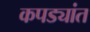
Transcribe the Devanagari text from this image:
कपड्यांत